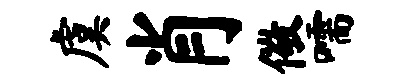
虞肖儆嚅